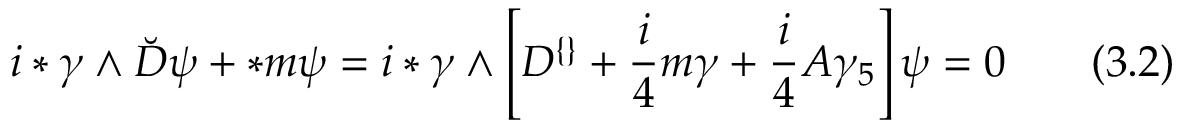
i * \gamma \wedge \breve { D } \psi + * m \psi = i * \gamma \wedge \left[ D ^ { \{ \} } + \frac { i } { 4 } m \gamma + \frac { i } { 4 } A \gamma _ { 5 } \right] \psi = 0 \; \; \; \; \; \; \; ( 3 . 2 )